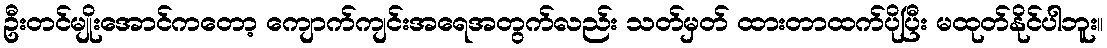
ဦးတင်မျိုးအောင်ကတော့ ကျောက်ကျင်းအရေအတွက်လည်း သတ်မှတ် ထားတာထက်ပိုပြီး မထုတ်နိုင်ပါဘူး။